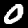
Digit: 0